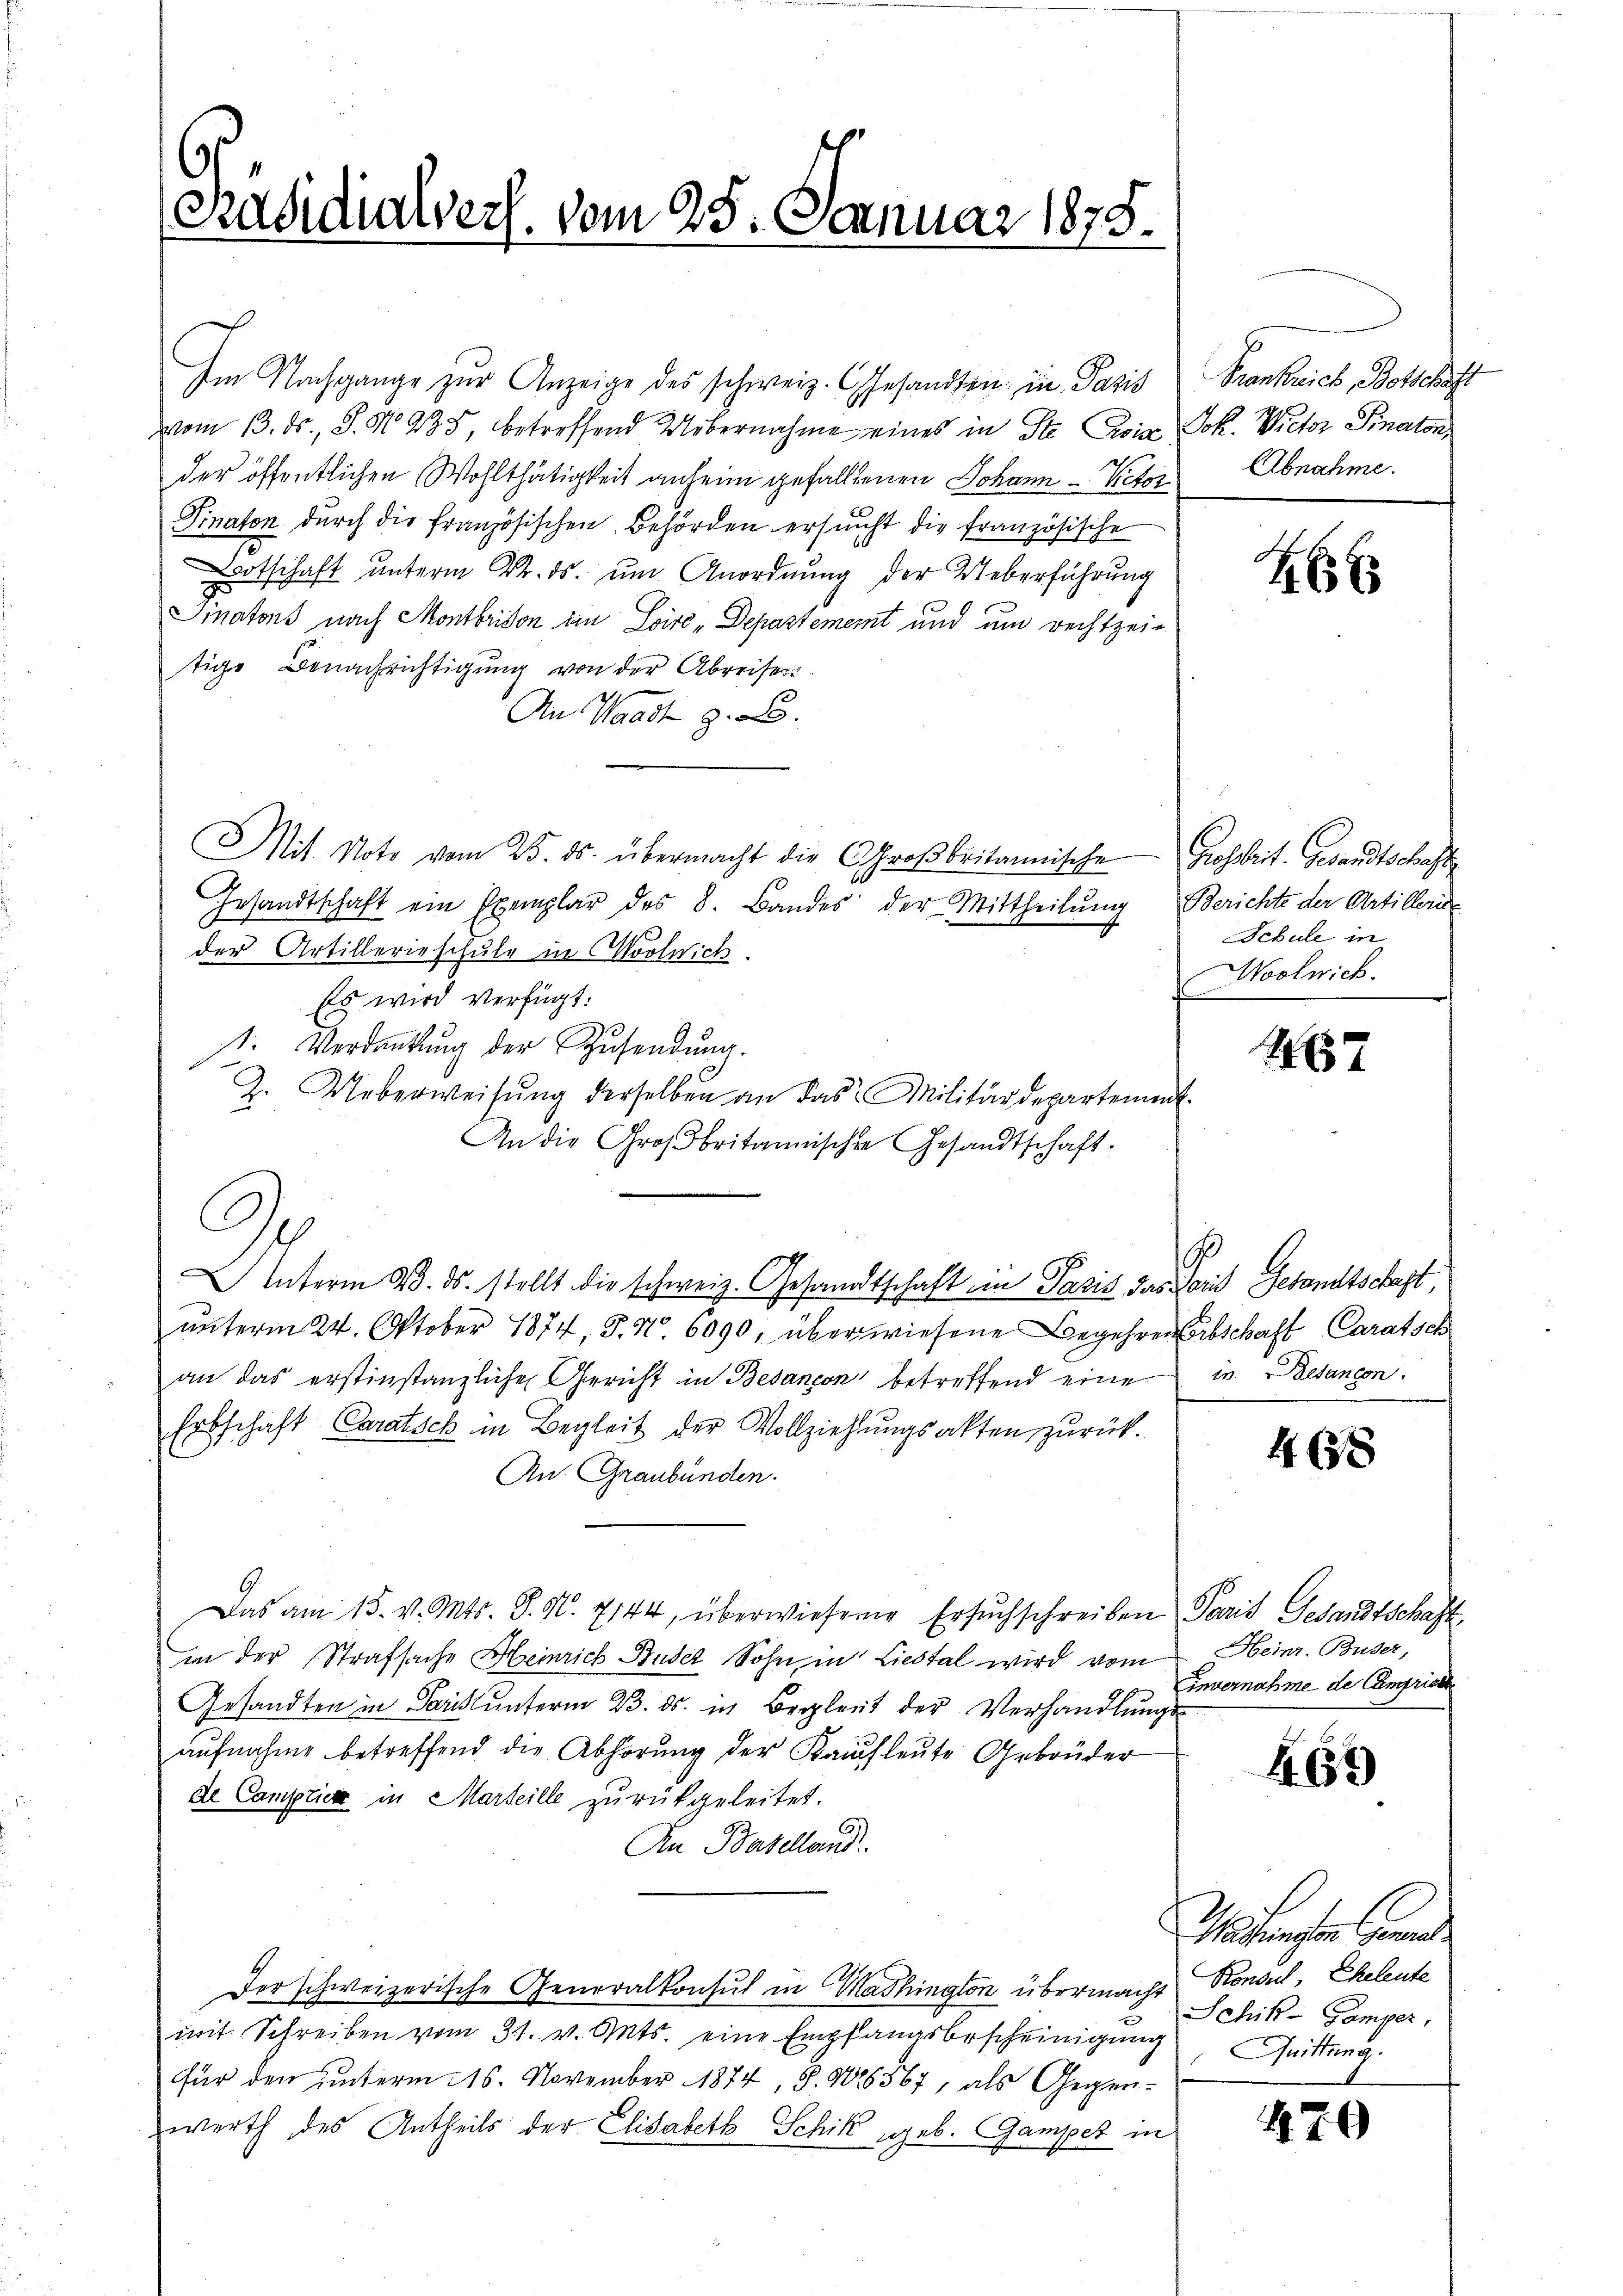
Präsidialvers. vom 25. Januar 1875.

Im Nachgange zur Anzeige des schweiz. Gesandten in Pazis
vom 13. ds., S. No. 935, betreffend Uebernahme eines in die Civia Joh. Victor Finaton
der öffentlichen Wohlthätigkeit anlein gefalltenen Johann Victor
Pinaton durch die französischen Behörden ersŭcht die französische
Bootschaft unterm 24. ds. um Anordnung der Ueberführung
Sinatons nach Montbrison im Loire-Departement und um rechtzei-
tige Benachrichtigŭng von der Abreiser-
An Waadt z. B.
Mit Note vom 23. ds. übermacht die CGroβbritannische Grossbrit. Gesandtschafts
Gesandtschaft ein Exemplar des 8. Bandes der Mittheilŭng Berichte der Artilleris
der Artillerieschule in Coolrich.
Es wird verfügt:
1. Verdankung der Zusendung.
Z. Ueberweisŭng derselben an das Militärdepartement
An die Großbritannischen Gesandtschaft.
C
Interm 23. ds. stellt die schweiz. Gesandtschaft im Paris das Paris Gesandtschaft,
ŭnterm 24. Oktober 1874, S. Nr. 6090, überwiesene Begehren Erbschaft Caratsch
an das erstinstanzliche Gericht in Besançon betreffend eine in Gesancen
Ertschaft Caratisch in Begleit der Vollziehungsakten zurück.
An Graubünden.
Das am 15. v. Mts. S. N. 7144, überwiesene Ersuchschreiben Paris Gesandtschaft
in der Strafsache Heinrich Buser Sohn in Liestal wird vom
Gesandten in Paris unterm 23. ds. in Begleit der Verhandlungs-
aŭfnahme betreffend die Abhörung der Kaufleute Gebrüder
de Camplica in Marteille zurückgeleitet.
An Baselland
Der schweizerische Generalkonsul in Mashington übermacht
mit Schreiben vom 31. v. Mts. eine Empfangsbescheinigung
für den unterm 16. November 1874, S. 406567, als Gegen-
werth des Antheils der Elisabeth Schik geb. Gamper in

Frankreich, Botschaft
Abnahme.

2f xx

Schule in
Moolnick.

1167

468

Heinr. Buser,
invernahme de Camprieth

467)

Watienten Geme
Ronsul, Eheleute
Schik-Gamper,
Quittung.

470